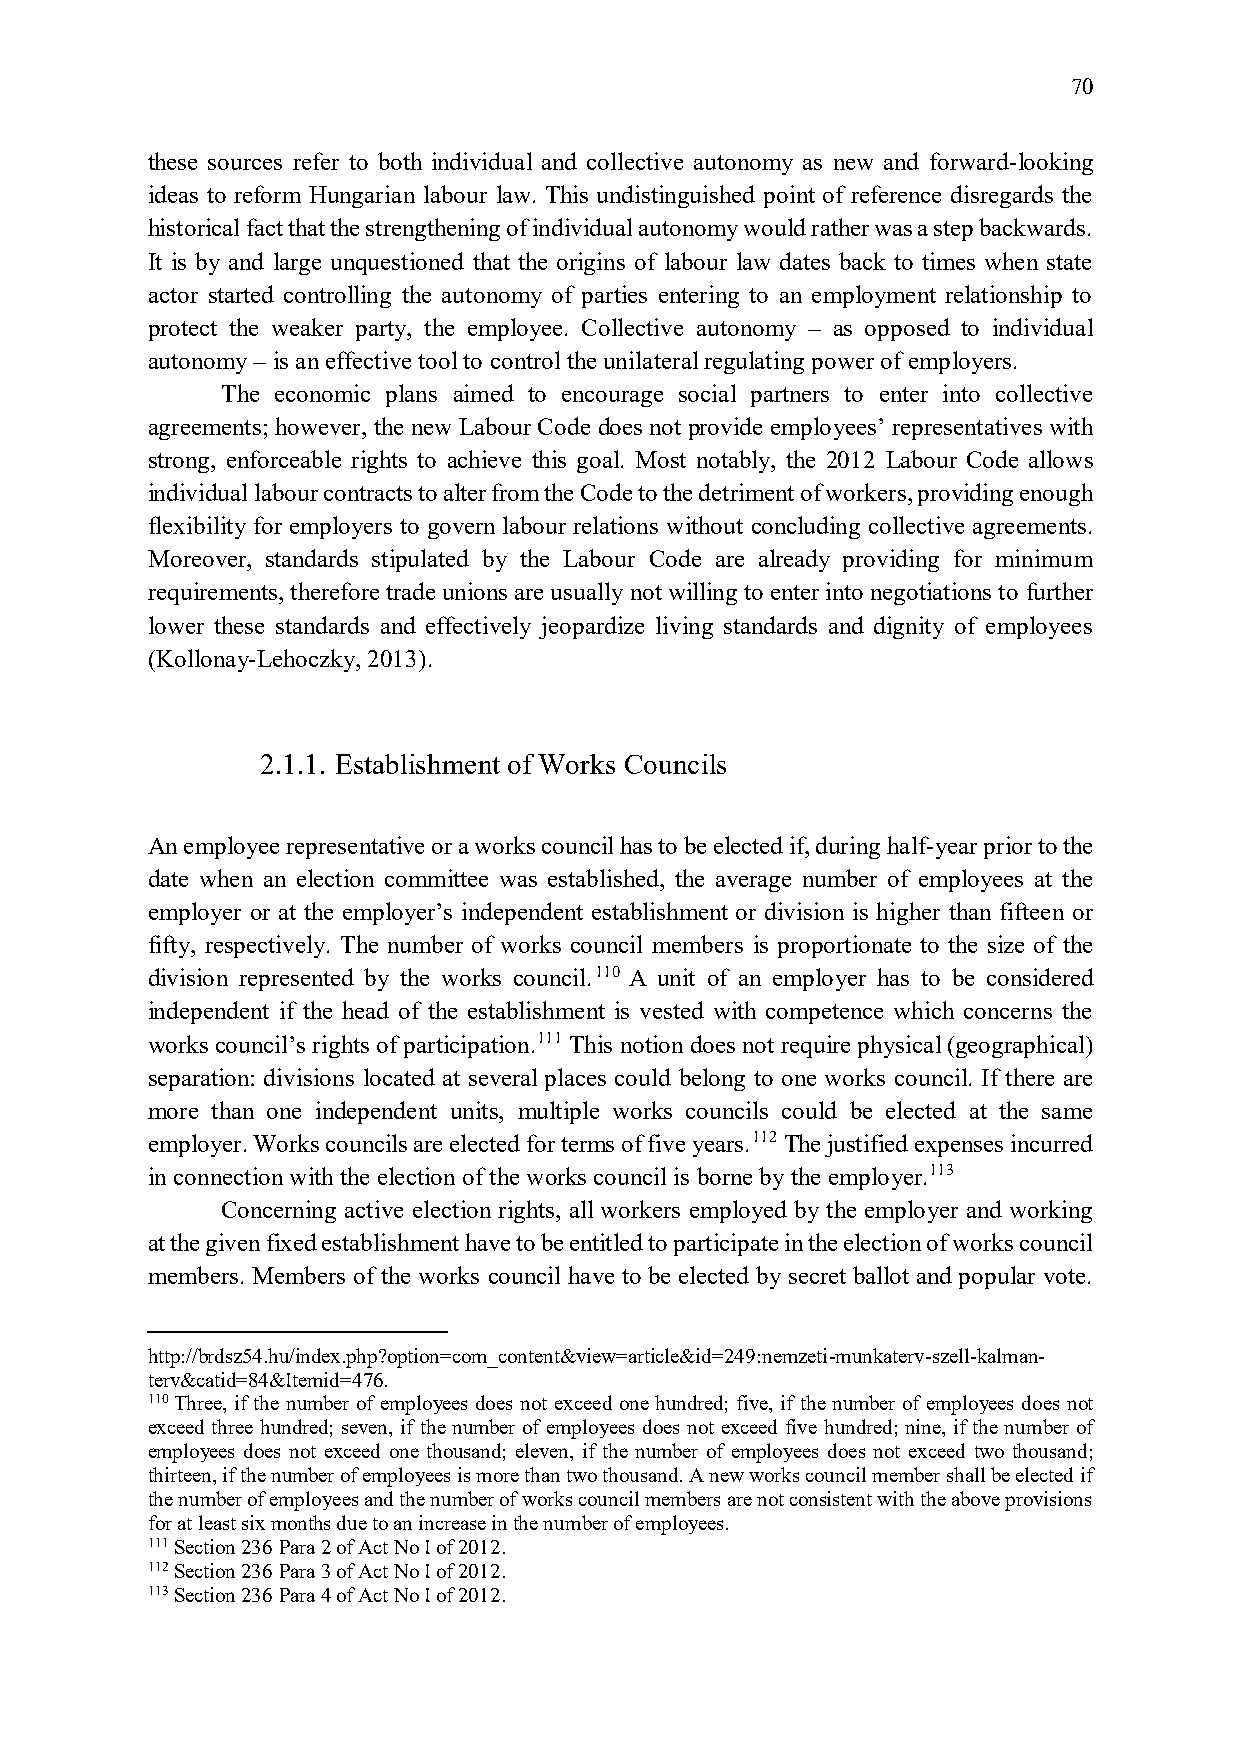
70
 these sources refer to both individual and collective autonomy as new and forward-looking
 ideas to reform Hungarian labour law. This undistinguished point of reference disregards the
 historical fact that the strengthening of individual autonomy would rather was a step backwards.
 It is by and large unquestioned that the origins of labour law dates back to times when state
 actor started controlling the autonomy of parties entering to an employment relationship to
 protect the weaker party, the employee. Collective autonomy – as opposed to individual
 autonomy – is an effective tool to control the unilateral regulating power of employers.
 The economic plans aimed to encourage social partners to enter into collective
 agreements; however, the new Labour Code does not provide employees’ representatives with
 strong, enforceable rights to achieve this goal. Most notably, the 2012 Labour Code allows
 individual labour contracts to alter from the Code to the detriment of workers, providing enough
 flexibility for employers to govern labour relations without concluding collective agreements.
 Moreover, standards stipulated by the Labour Code are already providing for minimum
 requirements, therefore trade unions are usually not willing to enter into negotiations to further
 lower these standards and effectively jeopardize living standards and dignity of employees
 (Kollonay-Lehoczky, 2013).
 2.1.1. Establishment of Works Councils
 An employee representative or a works council has to be elected if, during half-year prior to the
 date when an election committee was established, the average number of employees at the
 employer or at the employer’s independent establishment or division is higher than fifteen or
 fifty, respectively. The number of works council members is proportionate to the size of the
 division represented by the works council.110 A unit of an employer has to be considered
 independent if the head of the establishment is vested with competence which concerns the
 works council’s rights of participation.111 This notion does not require physical (geographical)
 separation: divisions located at several places could belong to one works council. If there are
 more than one independent units, multiple works councils could be elected at the same
 employer. Works councils are elected for terms of five years.112 The justified expenses incurred
 in connection with the election of the works council is borne by the employer.113
 Concerning active election rights, all workers employed by the employer and working
 at the given fixed establishment have to be entitled to participate in the election of works council
 members. Members of the works council have to be elected by secret ballot and popular vote.
 http://brdsz54.hu/index.php?option=com_content&view=article&id=249:nemzeti-munkaterv-szell-kalman-
 terv&catid=84&Itemid=476.
 110 Three, if the number of employees does not exceed one hundred; five, if the number of employees does not
 exceed three hundred; seven, if the number of employees does not exceed five hundred; nine, if the number of
 employees does not exceed one thousand; eleven, if the number of employees does not exceed two thousand;
 thirteen, if the number of employees is more than two thousand. A new works council member shall be elected if
 the number of employees and the number of works council members are not consistent with the above provisions
 for at least six months due to an increase in the number of employees.
 111 Section 236 Para 2 of Act No I of 2012.
 112 Section 236 Para 3 of Act No I of 2012.
 113 Section 236 Para 4 of Act No I of 2012.